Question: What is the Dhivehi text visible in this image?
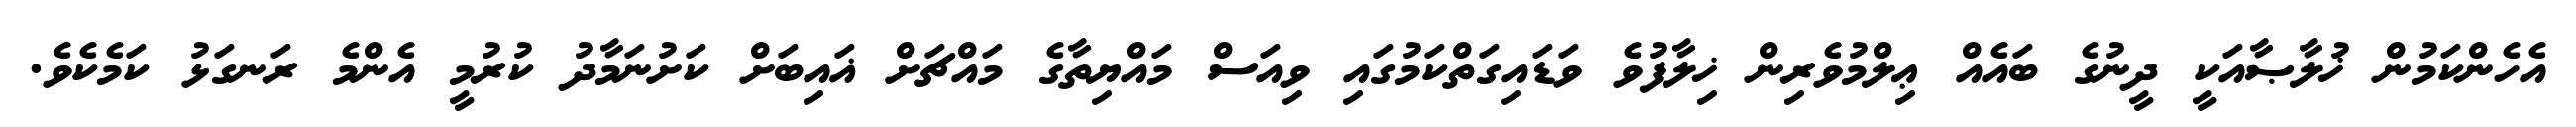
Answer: އެހެންކަމުން ޚުލާޞާއަކީ ދީނުގެ ބައެއް ޢިލްމުވެރިން ޚިލާފުވެ ވަޑައިގަތްކަމުގައި ވިއަސް މައްޔިތާގެ މައްޗަށް ޣައިބަށް ކަށުނަމާދު ކުރުމީ އެންމެ ރަނގަޅު ކަމެކެވެ.